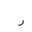
Letter: _ra